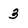
Character: 3